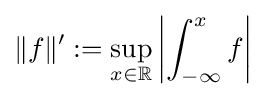
\|f\|':=\sup _{x\in \mathbb {R} }\left|\int _{-\infty }^{x}f\right|